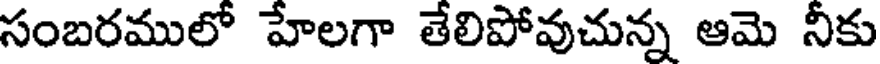
సంబరములో హేలగా తేలిపోవుచున్న ఆమె నీకు